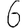
Digit: 6